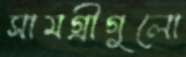
সামগ্রীগুলো